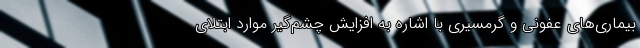
بیماری‌های عفونی و گرمسیری با اشاره به افزایش چشم‌گیر موارد ابتلای